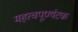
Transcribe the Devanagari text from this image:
महत्वपूर्ण्यटक